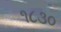
૧૮૩૦